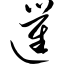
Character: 暹